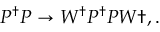
P ^ { \dagger } P \rightarrow W ^ { \dagger } P ^ { \dagger } P W \dag , .